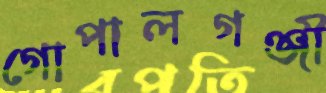
গোপালগঞ্জী